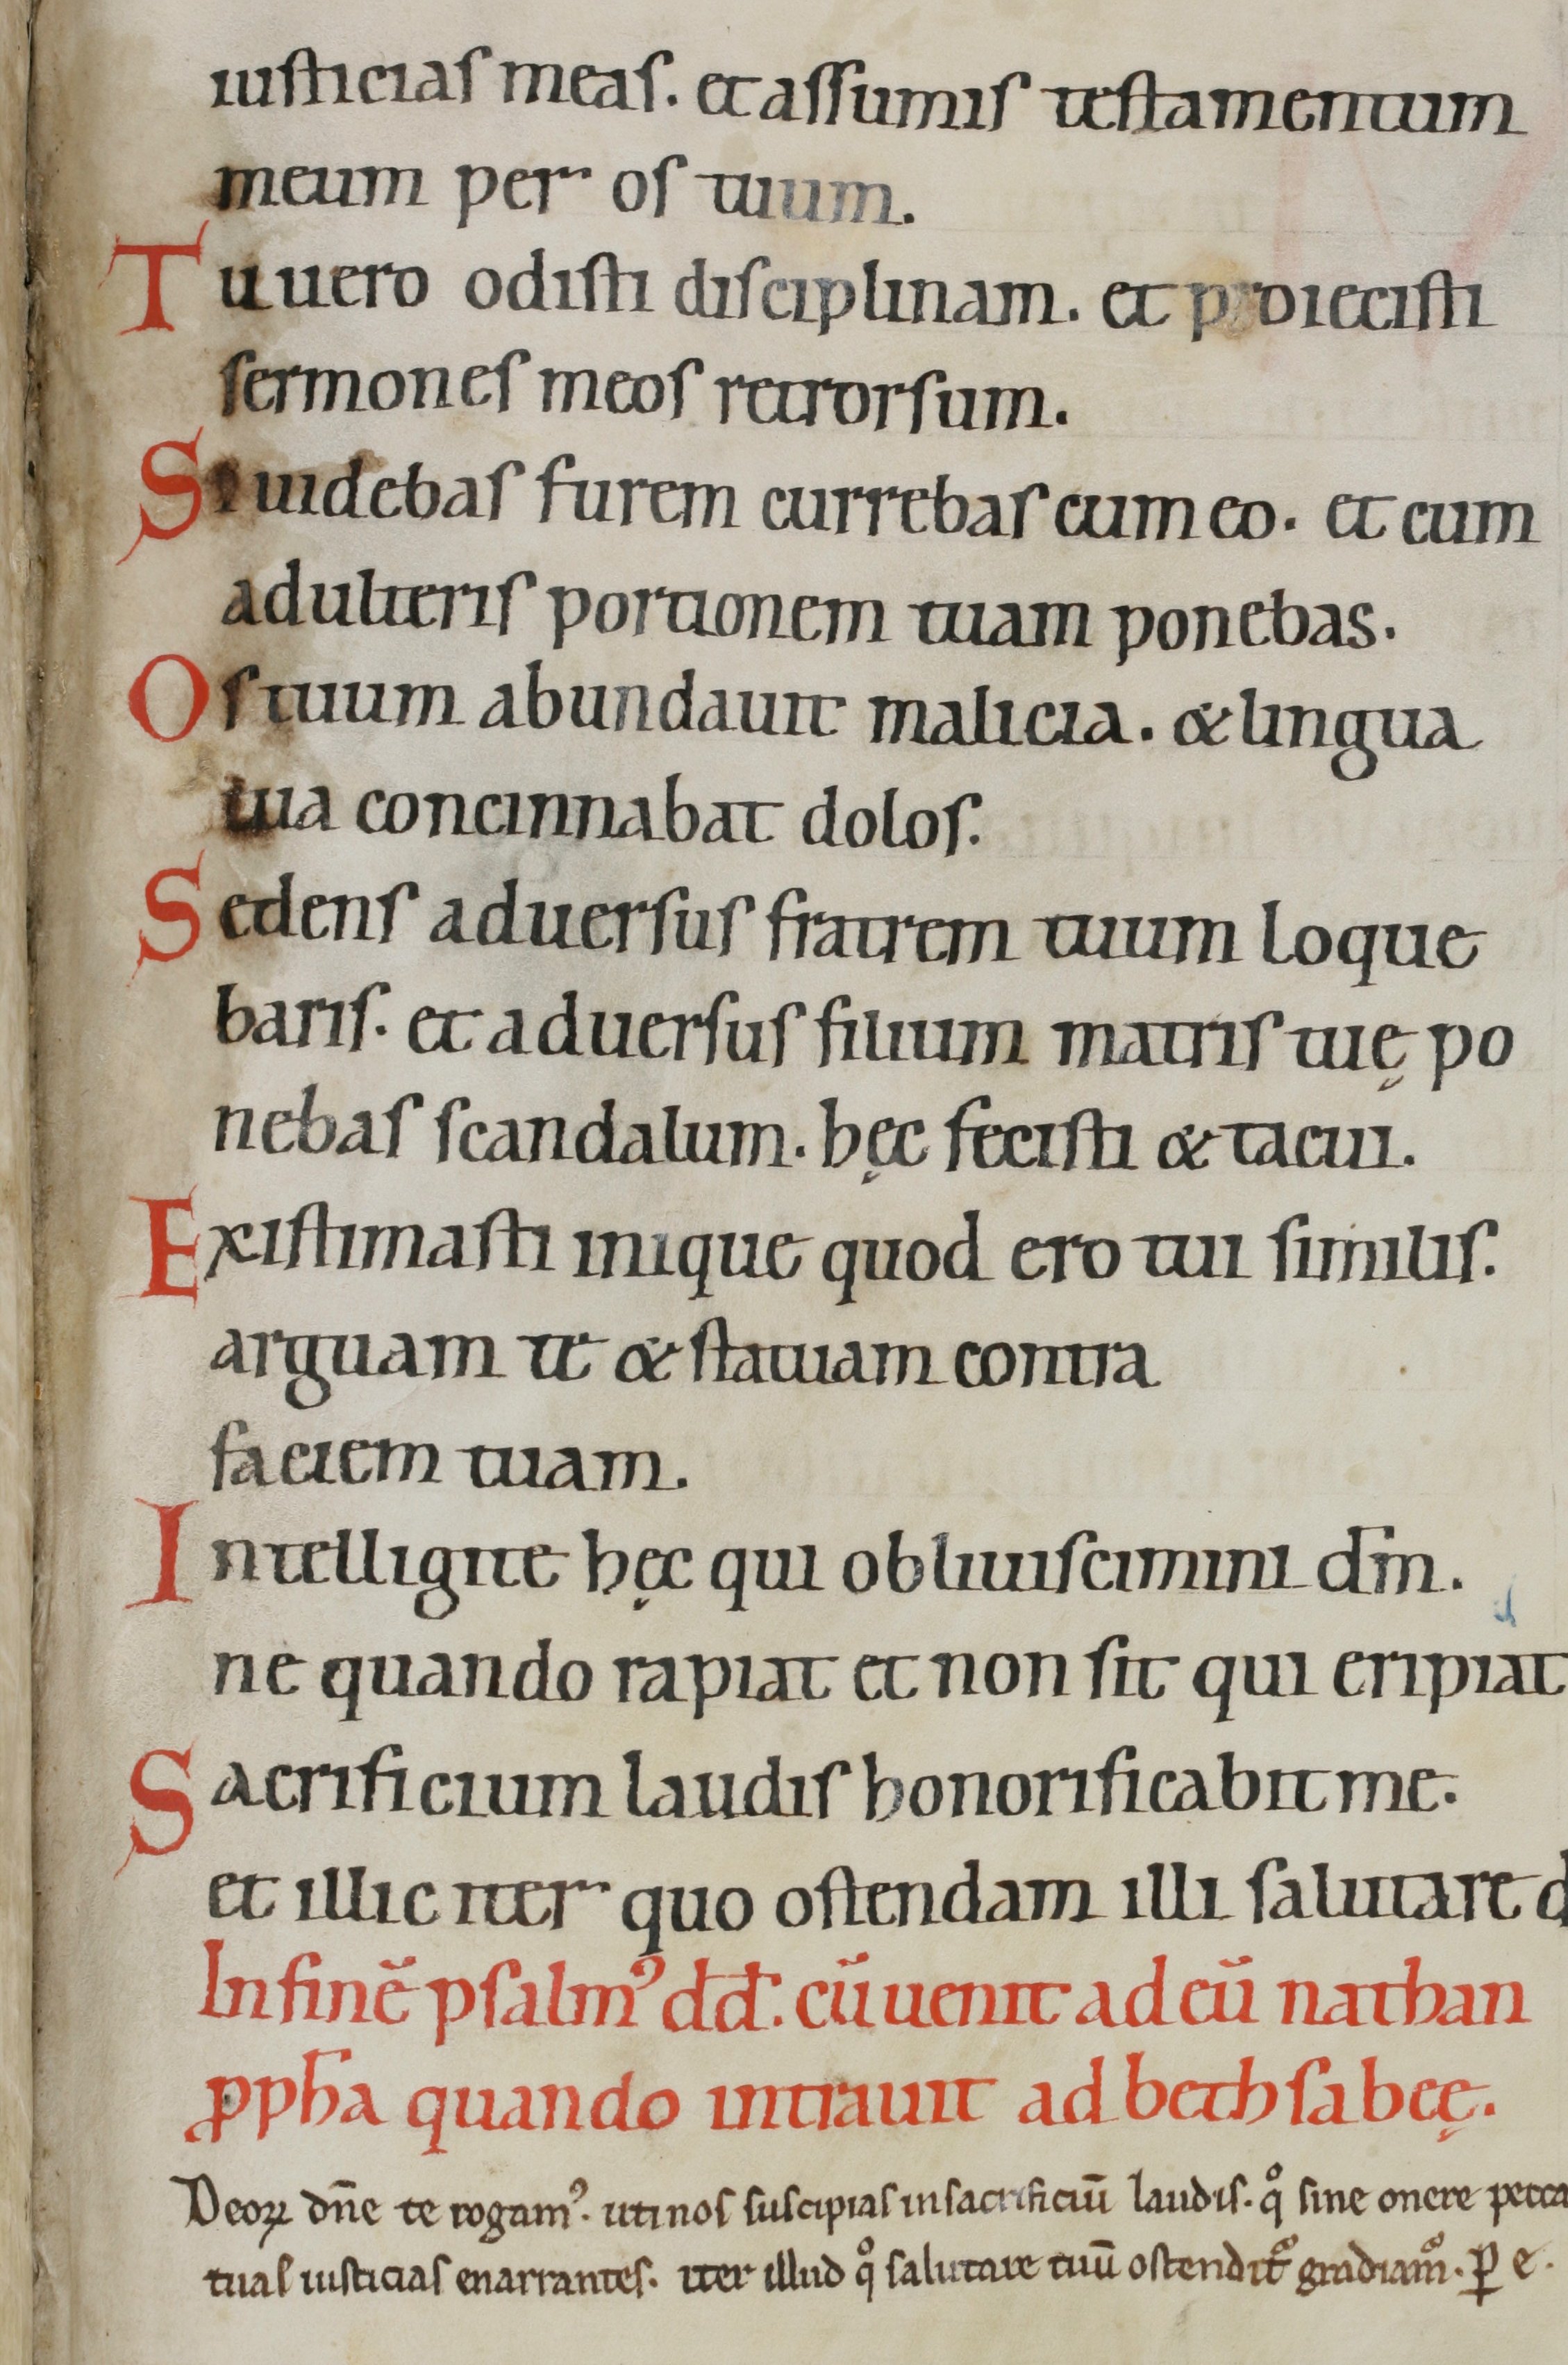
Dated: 800–845